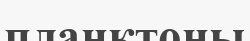
планктоны